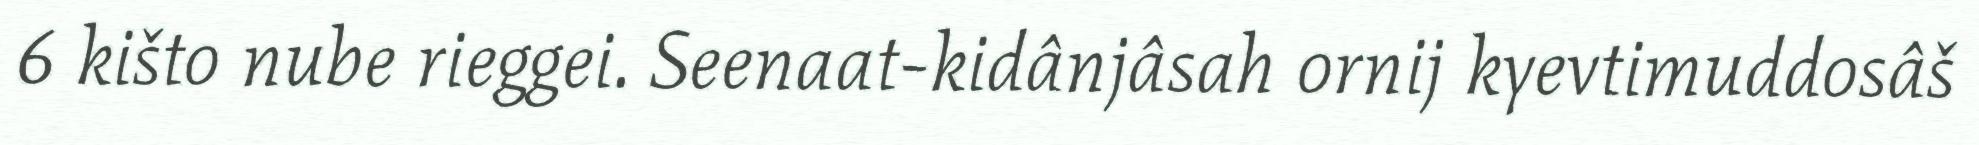
6 kišto nube rieggei. Seenaat-kidânjâsah ornij kyevtimuddosâš